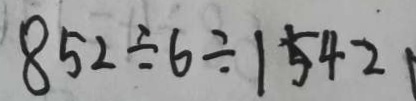
8 5 2 \div 6 \div 1 5 4 2